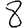
Digit: 8